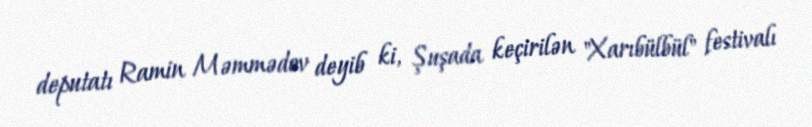
deputatı Ramin Məmmədov deyib ki, Şuşada keçirilən "Xarıbülbül" festivalı